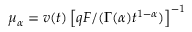
\mu _ { \alpha } = v ( t ) \left[ q F / ( \Gamma ( \alpha ) t ^ { 1 - \alpha } ) \right] ^ { - 1 }